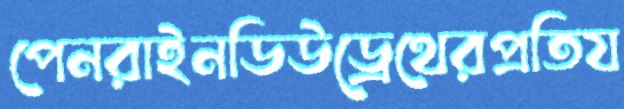
পেনরাইনডিউড্রেথেরপ্রতিয